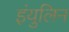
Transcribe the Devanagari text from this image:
इंयुलिन